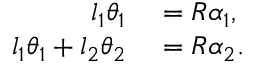
\begin{array} { r l } { l _ { 1 } \theta _ { 1 } } & { { } = R \alpha _ { 1 } , } \\ { l _ { 1 } \theta _ { 1 } + l _ { 2 } \theta _ { 2 } } & { { } = R \alpha _ { 2 } . } \end{array}